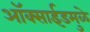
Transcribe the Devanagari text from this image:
ऑक्साईडमुळे